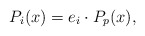
\begin{align*}P_i(x) = e_i \cdot P_p(x) ,\end{align*}